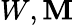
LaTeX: W,\mathbf{M}